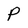
Character: P